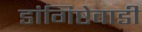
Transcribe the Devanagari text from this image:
डांगिष्टेवाडी